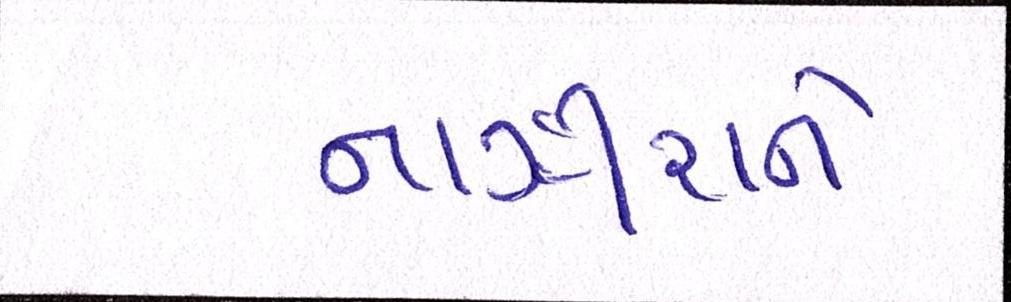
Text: નાઝીરાને